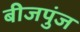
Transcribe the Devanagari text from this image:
बीजपुंज